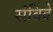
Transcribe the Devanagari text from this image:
संविदे